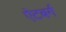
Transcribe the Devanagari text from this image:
ऐटबर्ग